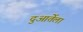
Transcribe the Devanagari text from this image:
दुआर्तेला